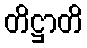
တိဋ္ဌာတိ